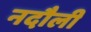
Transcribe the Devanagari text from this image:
नदौली